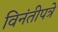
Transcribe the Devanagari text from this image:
विनंतीपत्रे